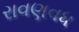
રાવણવધ